Bréfritari: Sigríður Pálsdóttir
Viðtakandi: Páll Pálsson
Dagsetning: A-1844-09-19
Skrifað á: Síðumúla  Mýr.
Páll var bróðir Sigríðar

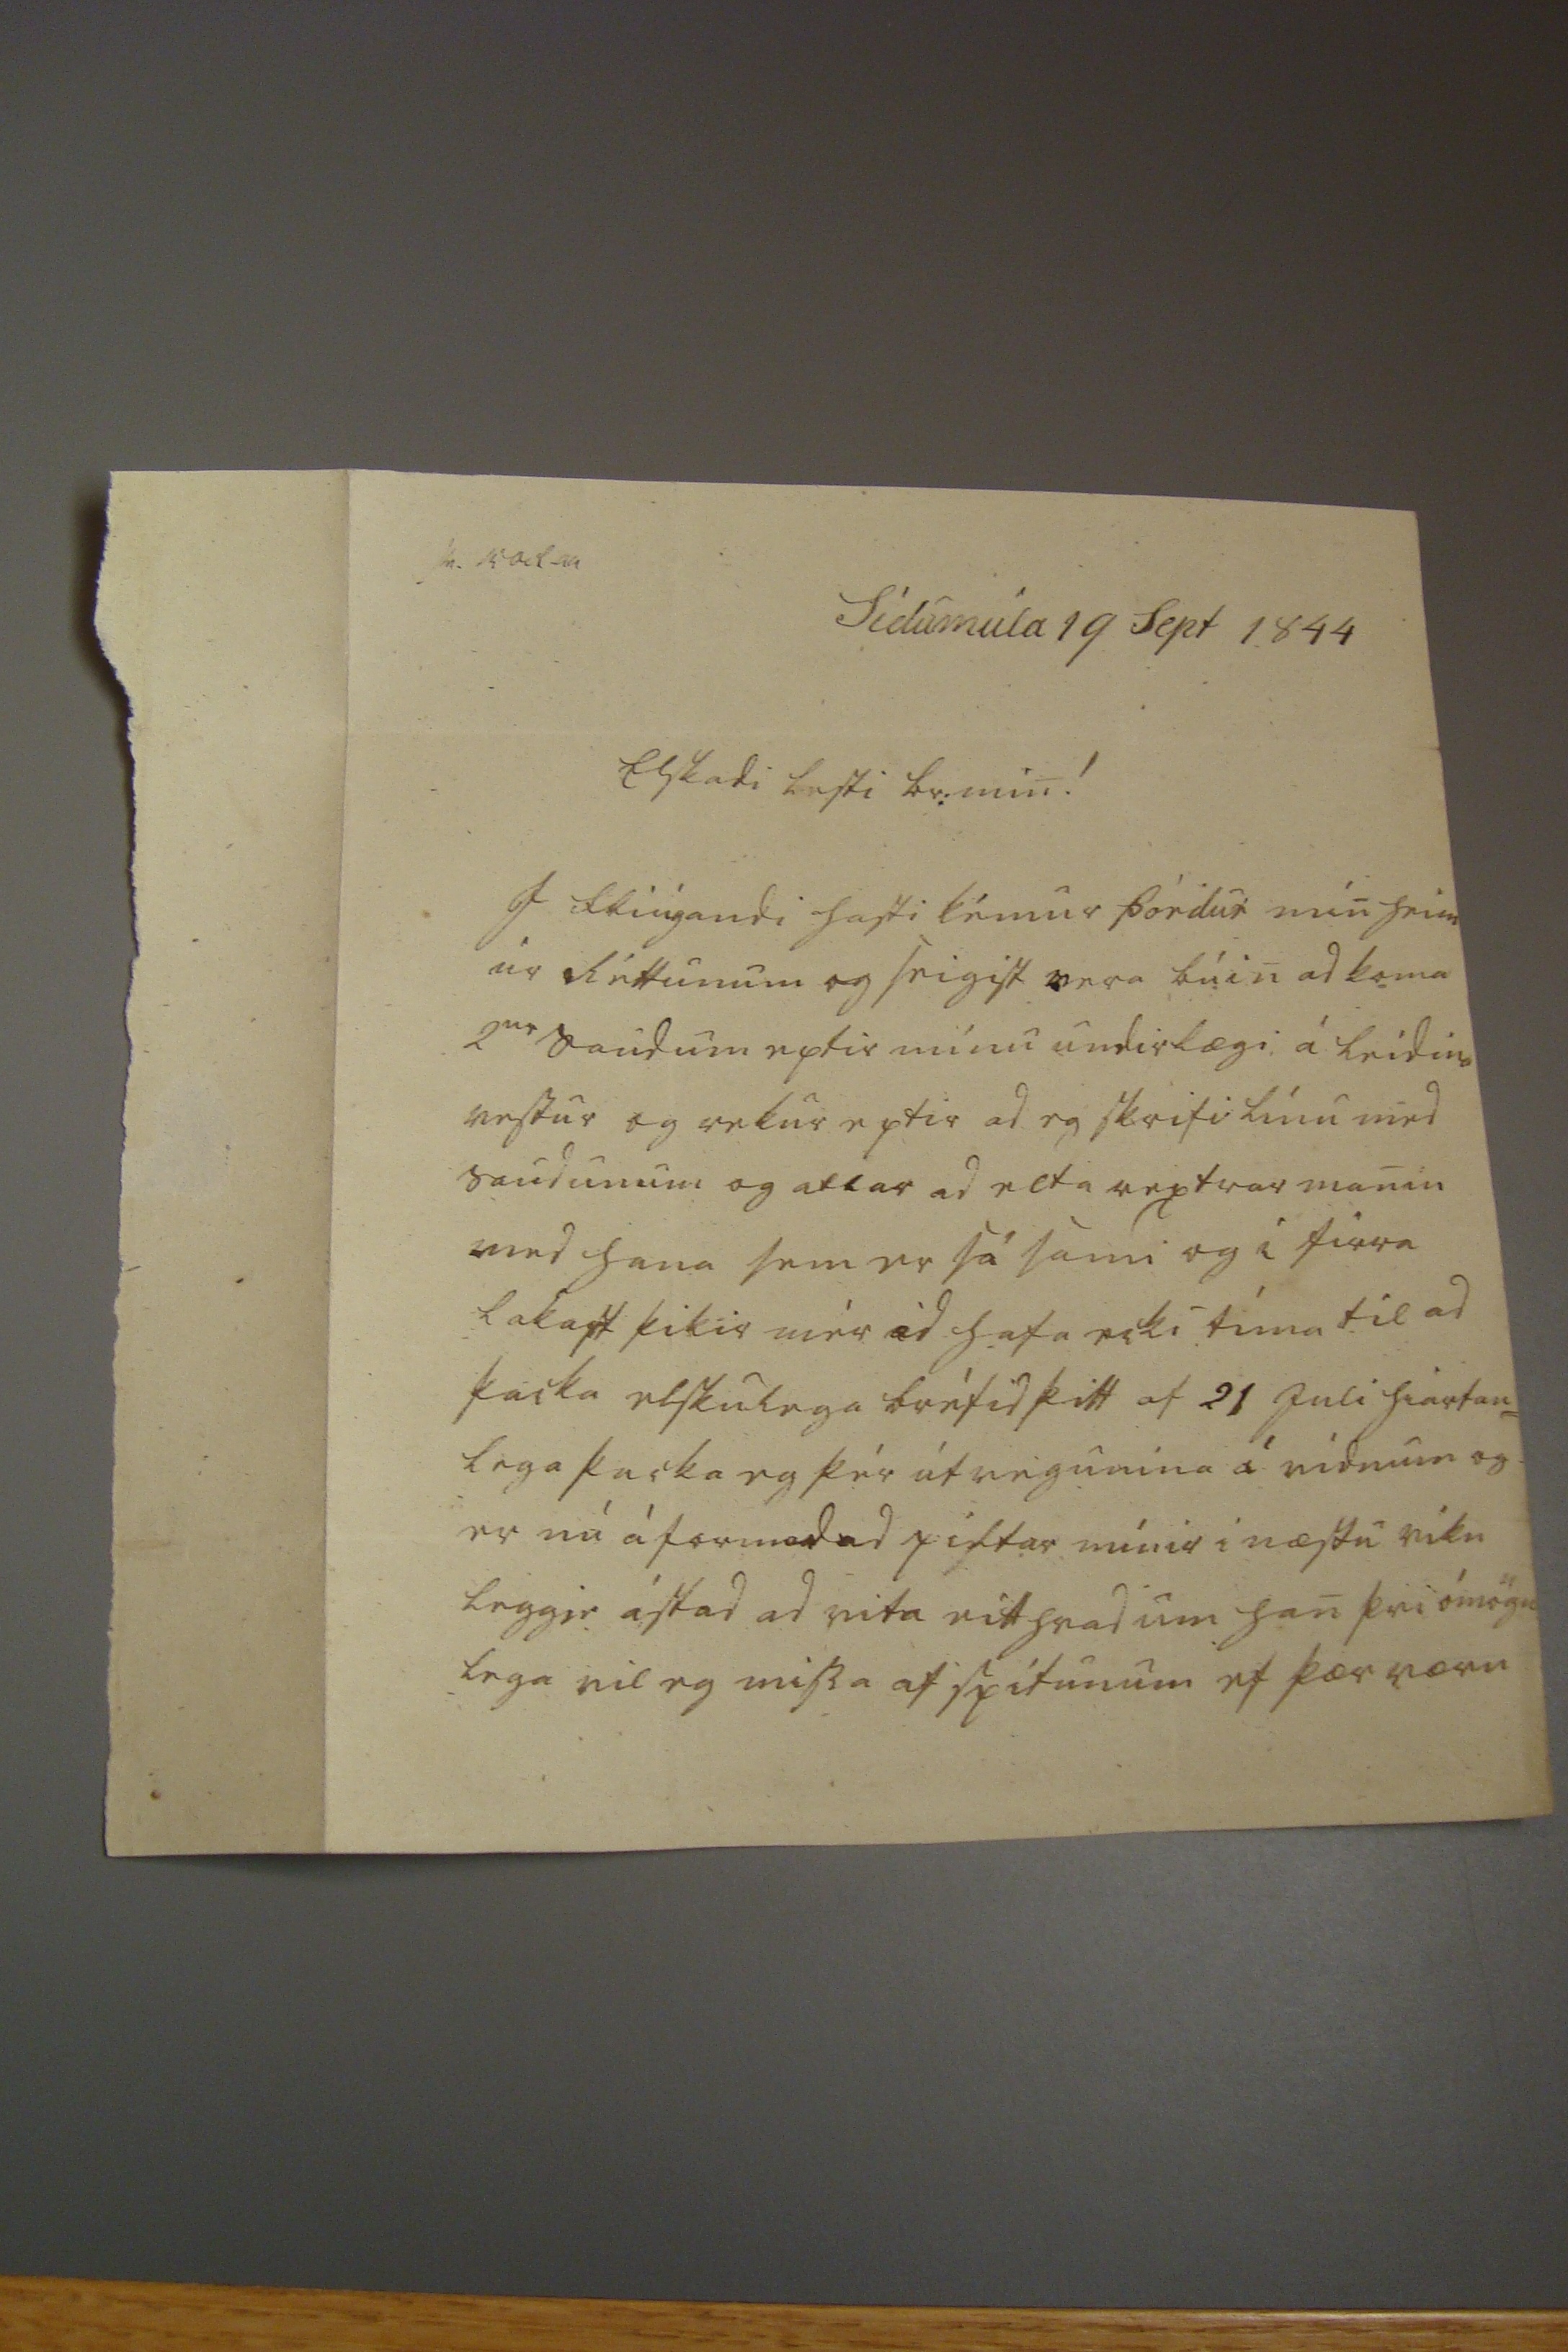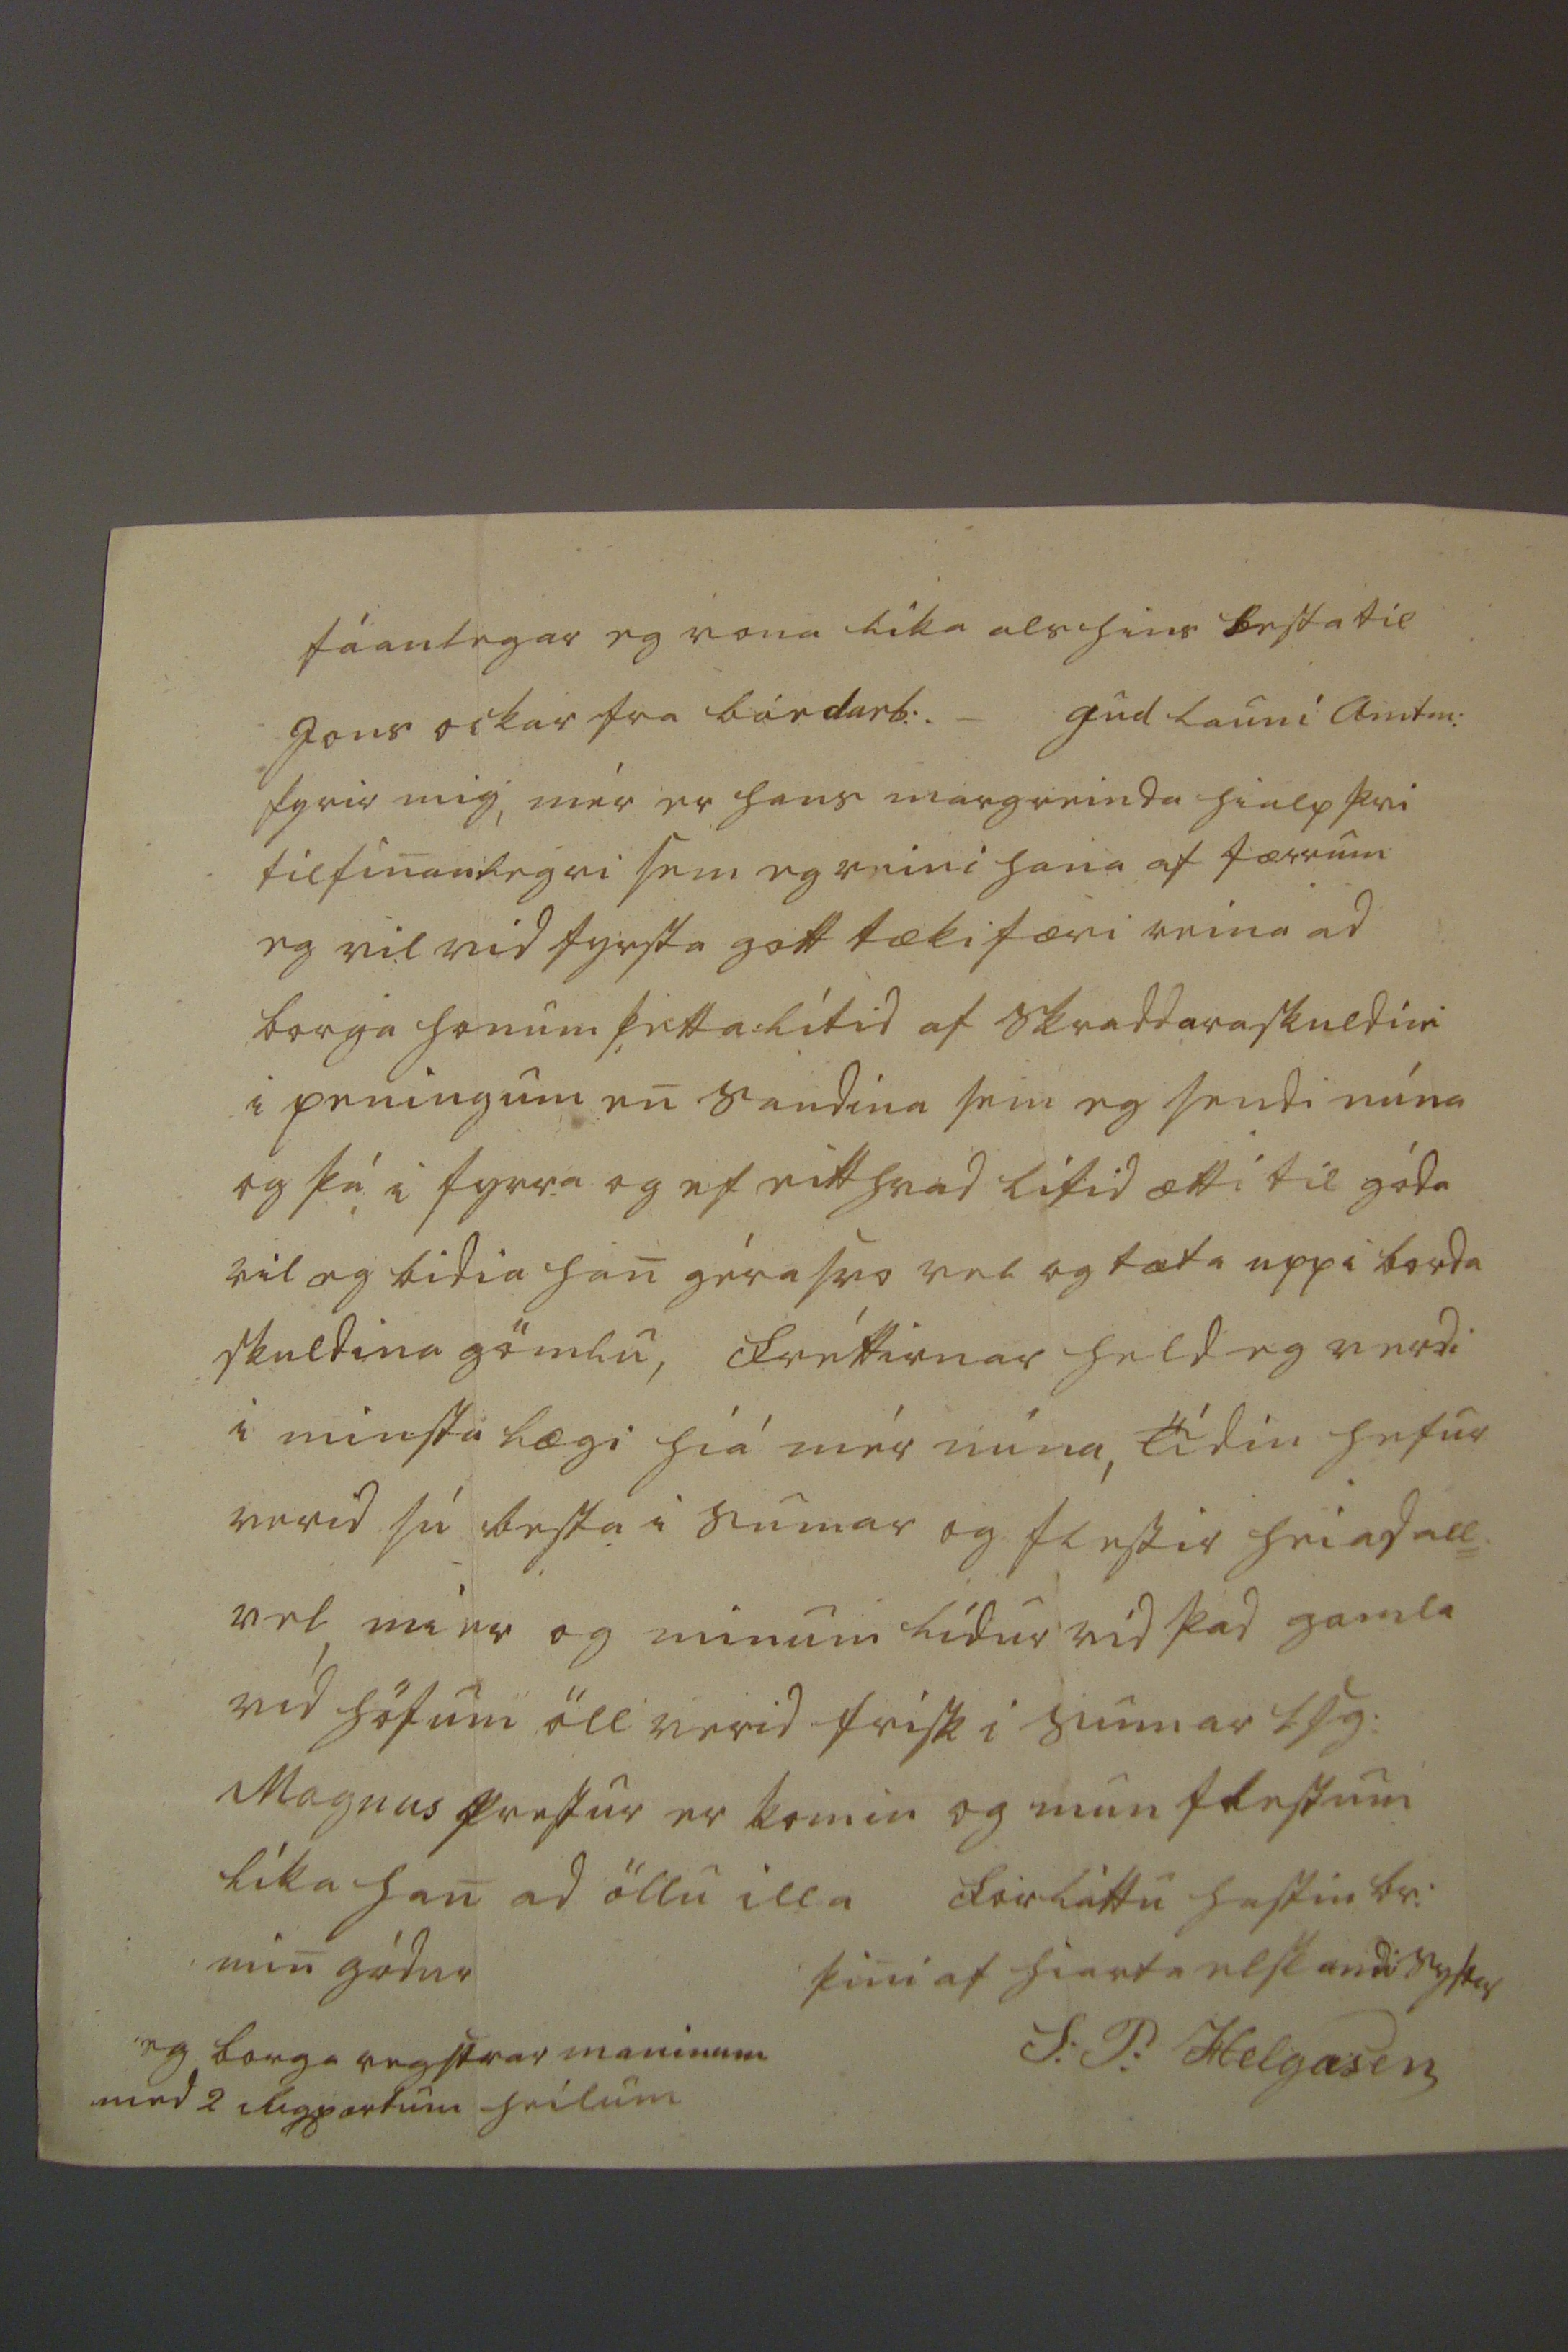

sv. 15 Oct 44
Sídumúla 19 Sept 1844
Elskadi besti br: min! I fliúgandi hasti kémur Þórdur min heim úr Réttunum og seigist vera búin ad koma 2
ur
saudum eptir mínu undirlægi á leidina vestur og rekur eptir ad eg skrifi línu med saudunum og atlar ad elta rextrar manin med hana sem er sá sami og i firra lakast þikir mér ad hafa ecki tíma til ad þacka elskulega bréfid þitt af 21 Juli hiartan= lega þacka eg þér útvegunina á vidnum og er nú á formad ad piltar mínir i næstu viku leggie ástad ad vita eitthvad um han þvi ómögu lega vil eg missa af spítunum ef þær væru
fáanlegar eg vona lika als hins besta til Jons ockar fra bárdarb:._ gud launi amtm: fyrir mig, mér er hans margreinda hialp þvi tilfinanlegri sem eg reini hana af færrum eg vil vid fyrsta gott tækifæri reina ad borga honum þetta lítid af skraddaraskuldini i peningum en saudina sem eg sendi núna og þá i fyrra og ef eitthvad lítid ætti til góda vil eg bidia han géra svo vel og tæta uppi borda skuldina gömlu, Fréttirnar held eg verdi i minsta lægi hiá mér núna, Tídin hefur verid sú besta i sumar og flestir heiad all= vel mier og minum lídur vid þad gamla vid höfum öll verid frisk i sumar l.s.g: Magnus prestur er komin og mun flestum líka han ad öllu illa Forláttu hastin br: min gódur
þini af hiarta elskandi systur
S: P: Helgasen
eg borga regstrar maninum med 2 Rigpartum heilum